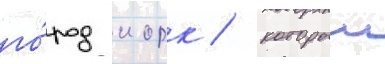
го́род иорк / которыи